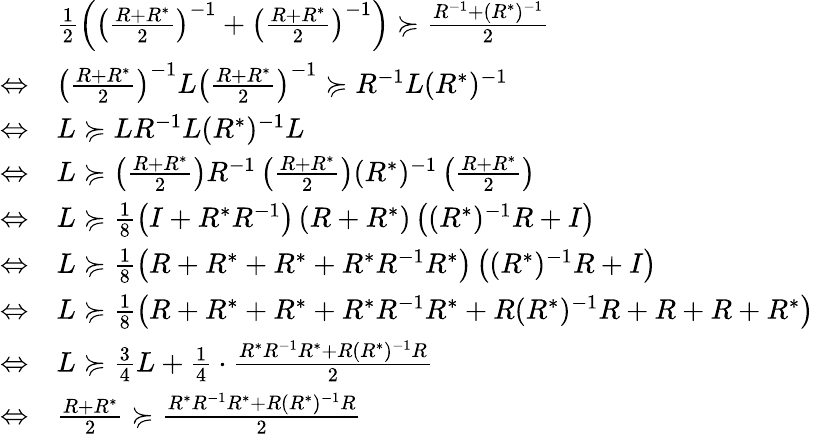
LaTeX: \begin{array}{rl}&{\frac{1}{2}\left(\left(\frac{R+R^{*}}{2}\right)^{-1}+\left(\frac{R+R^{*}}{2}\right)^{-1}\right)\succcurlyeq\frac{R^{-1}+(R^{*})^{-1}}{2}}\\ {\Leftrightarrow}&{\left(\frac{R+R^{*}}{2}\right)^{-1}L\left(\frac{R+R^{*}}{2}\right)^{-1}\succcurlyeq R^{-1}L(R^{*})^{-1}}\\ {\Leftrightarrow}&{L\succcurlyeq LR^{-1}L(R^{*})^{-1}L}\\ {\Leftrightarrow}&{L\succcurlyeq\left(\frac{R+R^{*}}{2}\right)R^{-1}\left(\frac{R+R^{*}}{2}\right)(R^{*})^{-1}\left(\frac{R+R^{*}}{2}\right)}\\ {\Leftrightarrow}&{L\succcurlyeq\frac{1}{8}\left(I+R^{*}R^{-1}\right)\left(R+R^{*}\right)\left((R^{*})^{-1}R+I\right)}\\ {\Leftrightarrow}&{L\succcurlyeq\frac{1}{8}\left(R+R^{*}+R^{*}+R^{*}R^{-1}R^{*}\right)\left((R^{*})^{-1}R+I\right)}\\ {\Leftrightarrow}&{L\succcurlyeq\frac{1}{8}\left(R+R^{*}+R^{*}+R^{*}R^{-1}R^{*}+R(R^{*})^{-1}R+R+R+R^{*}\right)}\\ {\Leftrightarrow}&{L\succcurlyeq\frac{3}{4}L+\frac{1}{4}\cdot\frac{R^{*}R^{-1}R^{*}+R(R^{*})^{-1}R}{2}}\\ {\Leftrightarrow}&{\frac{R+R^{*}}{2}\succcurlyeq\frac{R^{*}R^{-1}R^{*}+R(R^{*})^{-1}R}{2}}\end{array}